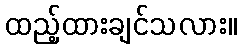
ထည့်ထားချင်သလား။